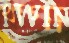
খাগা